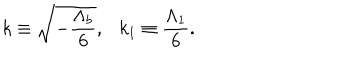
k \equiv \sqrt { - \frac { \Lambda _ { b } } { 6 } } , \ \ \ k _ { 1 } \equiv \frac { \Lambda _ { 1 } } { 6 } .